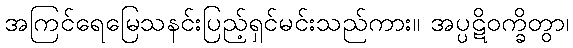
အကြင်ရေမြေသနင်းပြည့်ရှင်မင်းသည်ကား။ အပ္ပဋိဝက္ခိတွာ၊